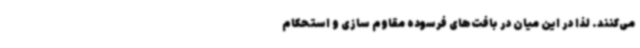
می‌کنند. لذا در این میان در بافت‌های فرسوده مقاوم سازی و استحکام